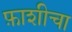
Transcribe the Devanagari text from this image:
फ़ाशीचा